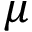
\mu